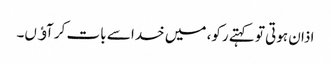
اذان ہوتی تو کہتے رکو، میں خدا سے بات کر آﺅں۔